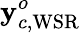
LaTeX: \mathbf{y}_{c,\mathrm{WSR}}^{o}